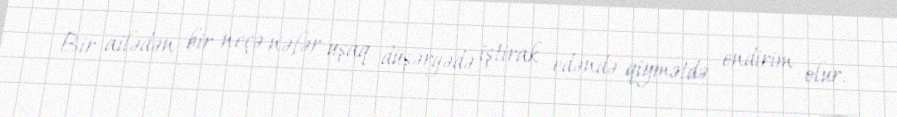
Bir ailədən bir neçə nəfər uşaq düşərgədə iştirak edəndə qiymətdə endirim olur.